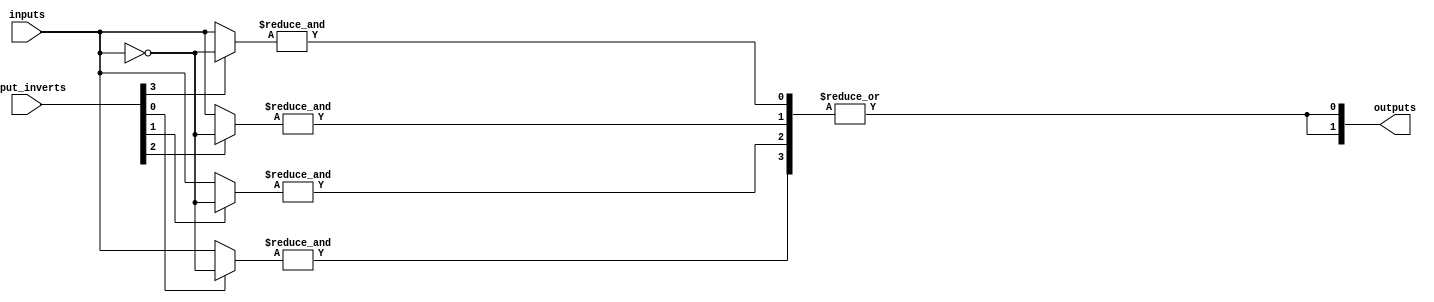
module PLA #(
    parameter N = 4, // Number of inputs
    parameter M = 2, // Number of outputs
    parameter P = 4  // Number of product terms (AND gates)
)(
    input  [N-1:0] inputs,          // Input lines
    input  [N-1:0] input_inverts,   // Inversion control for inputs
    output [M-1:0] outputs          // Output lines
);

// Internal wires for AND plane outputs
wire [P-1:0] and_outputs;

// AND Plane
genvar i, j;
generate
    for (i = 0; i < P; i = i + 1) begin : and_gate
        wire [N-1:0] and_inputs;
        assign and_inputs = (input_inverts[i] ? ~inputs : inputs); // Select inputs based on inversion control
        assign and_outputs[i] = &and_inputs; // AND operation
    end
endgenerate

// OR Plane
generate
    for (j = 0; j < M; j = j + 1) begin : or_gate
        wire [P-1:0] or_inputs;
        // Example: Connect specific AND outputs to OR gates (this should be programmed)
        assign or_inputs = {and_outputs[0], and_outputs[1], and_outputs[2], and_outputs[3]}; // Example connections
        assign outputs[j] = |or_inputs; // OR operation
    end
endgenerate

endmodule